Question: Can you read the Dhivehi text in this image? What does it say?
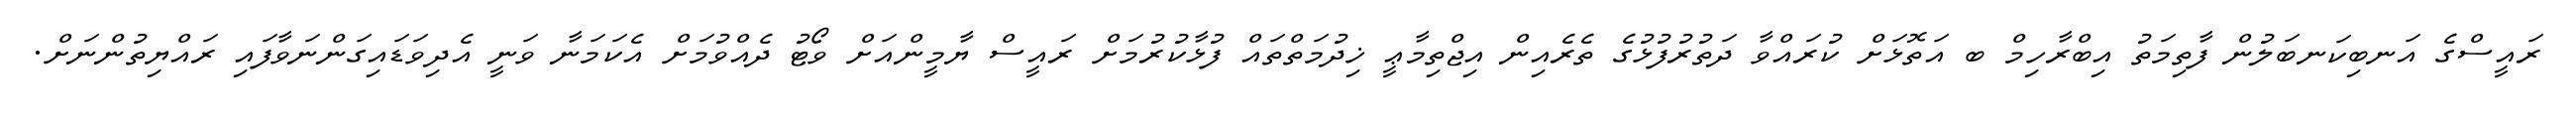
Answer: ރައީސްގެ އަނބިކަނބަލުން ފާތިމަތު އިބްރާހިމް ބ އަތޮޅަށް ކުރައްވާ ދަތުރުފުޅުގެ ތެރެއިން އިޖްތިމާޢީ ޚިދުމަތްތައް ފުޅާކުރުމަށް ރައީސް ޔާމީންއަށް ވޯޓު ދެއްވުމަށް އެކަމަނާ ވަނީ އެދިވަޑައިގަންނަވާފައި ރައްޔިތުންނަށް.